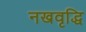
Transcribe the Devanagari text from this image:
नखवृद्धि